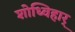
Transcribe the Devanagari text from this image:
शोध्विहार्